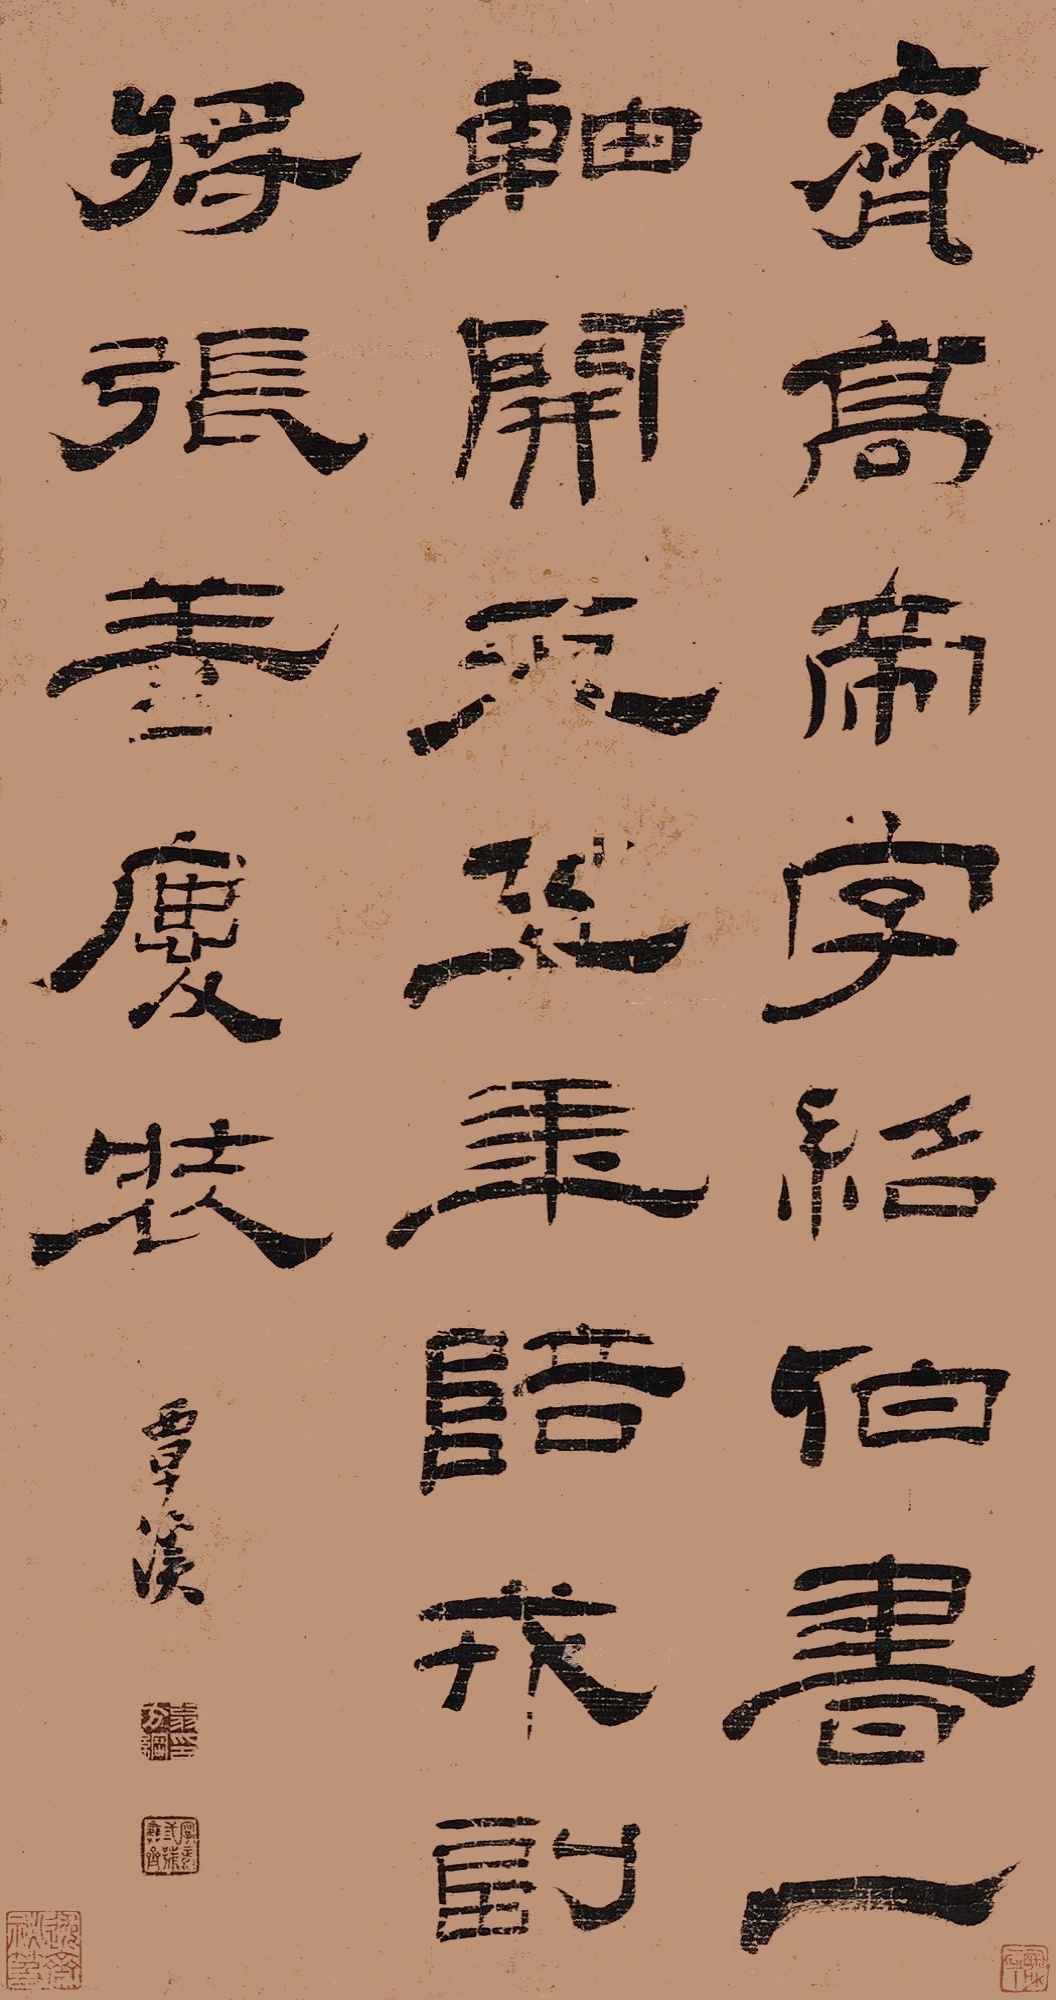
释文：齐高帝，字绍伯。书一轴，开元五年，陪戎副将张善庆装。覃溪。